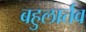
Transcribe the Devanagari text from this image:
बहुलार्तव